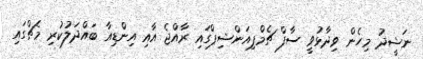
ނަޝީދު މިހެން ވިދާޅުވީ ސާފް ޗެމްޕިއަންޝިޕްގައި ރާއްޖެ އާއި އިންޑިއާ ބައްދަލުކުރި މެޗްގައި